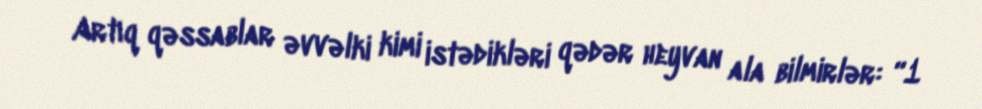
Artıq qəssablar əvvəlki kimi istədikləri qədər heyvan ala bilmirlər: “1